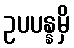
ဥပပန္နမှိ